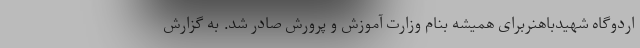
اردوگاه شهیدباهنربرای همیشه بنام وزارت آموزش و پرورش صادر شد. به گزارش